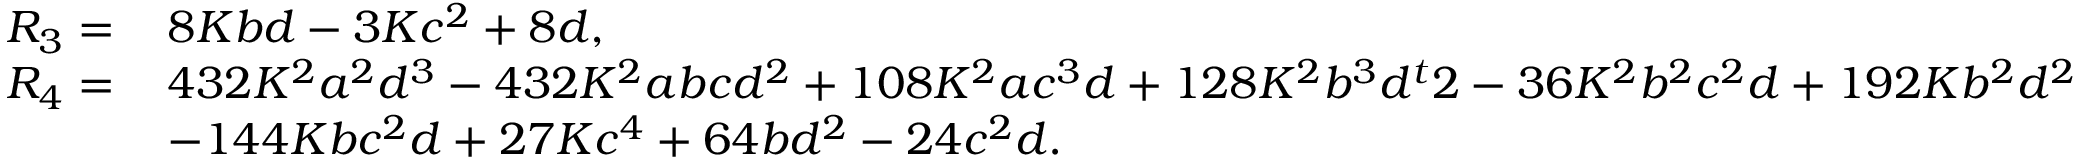
\begin{array} { r l } { R _ { 3 } = \, } & { 8 K b d - 3 K c ^ { 2 } + 8 d , } \\ { R _ { 4 } = \, } & { 4 3 2 K ^ { 2 } a ^ { 2 } d ^ { 3 } - 4 3 2 K ^ { 2 } a b c d ^ { 2 } + 1 0 8 K ^ { 2 } a c ^ { 3 } d + 1 2 8 K ^ { 2 } b ^ { 3 } d ^ { t } 2 - 3 6 K ^ { 2 } b ^ { 2 } c ^ { 2 } d + 1 9 2 K b ^ { 2 } d ^ { 2 } } \\ & { - 1 4 4 K b c ^ { 2 } d + 2 7 K c ^ { 4 } + 6 4 b d ^ { 2 } - 2 4 c ^ { 2 } d . } \end{array}